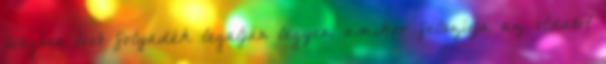
üvegben lévő folyadék legalján legyen, amikor felszívja az oldatot